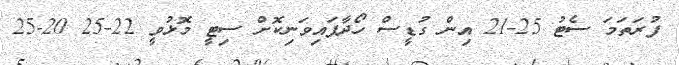
ފުރަތަމަ ސެޓު 25-21 އިން ގުޑީސް ހޯދާފައިވަނިކޮށް ސިޓީ މޮޅުވީ 22-25 20-25